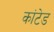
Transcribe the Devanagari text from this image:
कांटेड